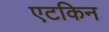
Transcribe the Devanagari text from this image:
एटकिन